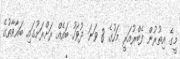
މީގެ އިތުރުން ފެބްރުއަރީ މަހުގެ 8 ވަނަ ދުވަހު ބައެއް ރަށްރަށުގައި ބަޣާވާތުގެ